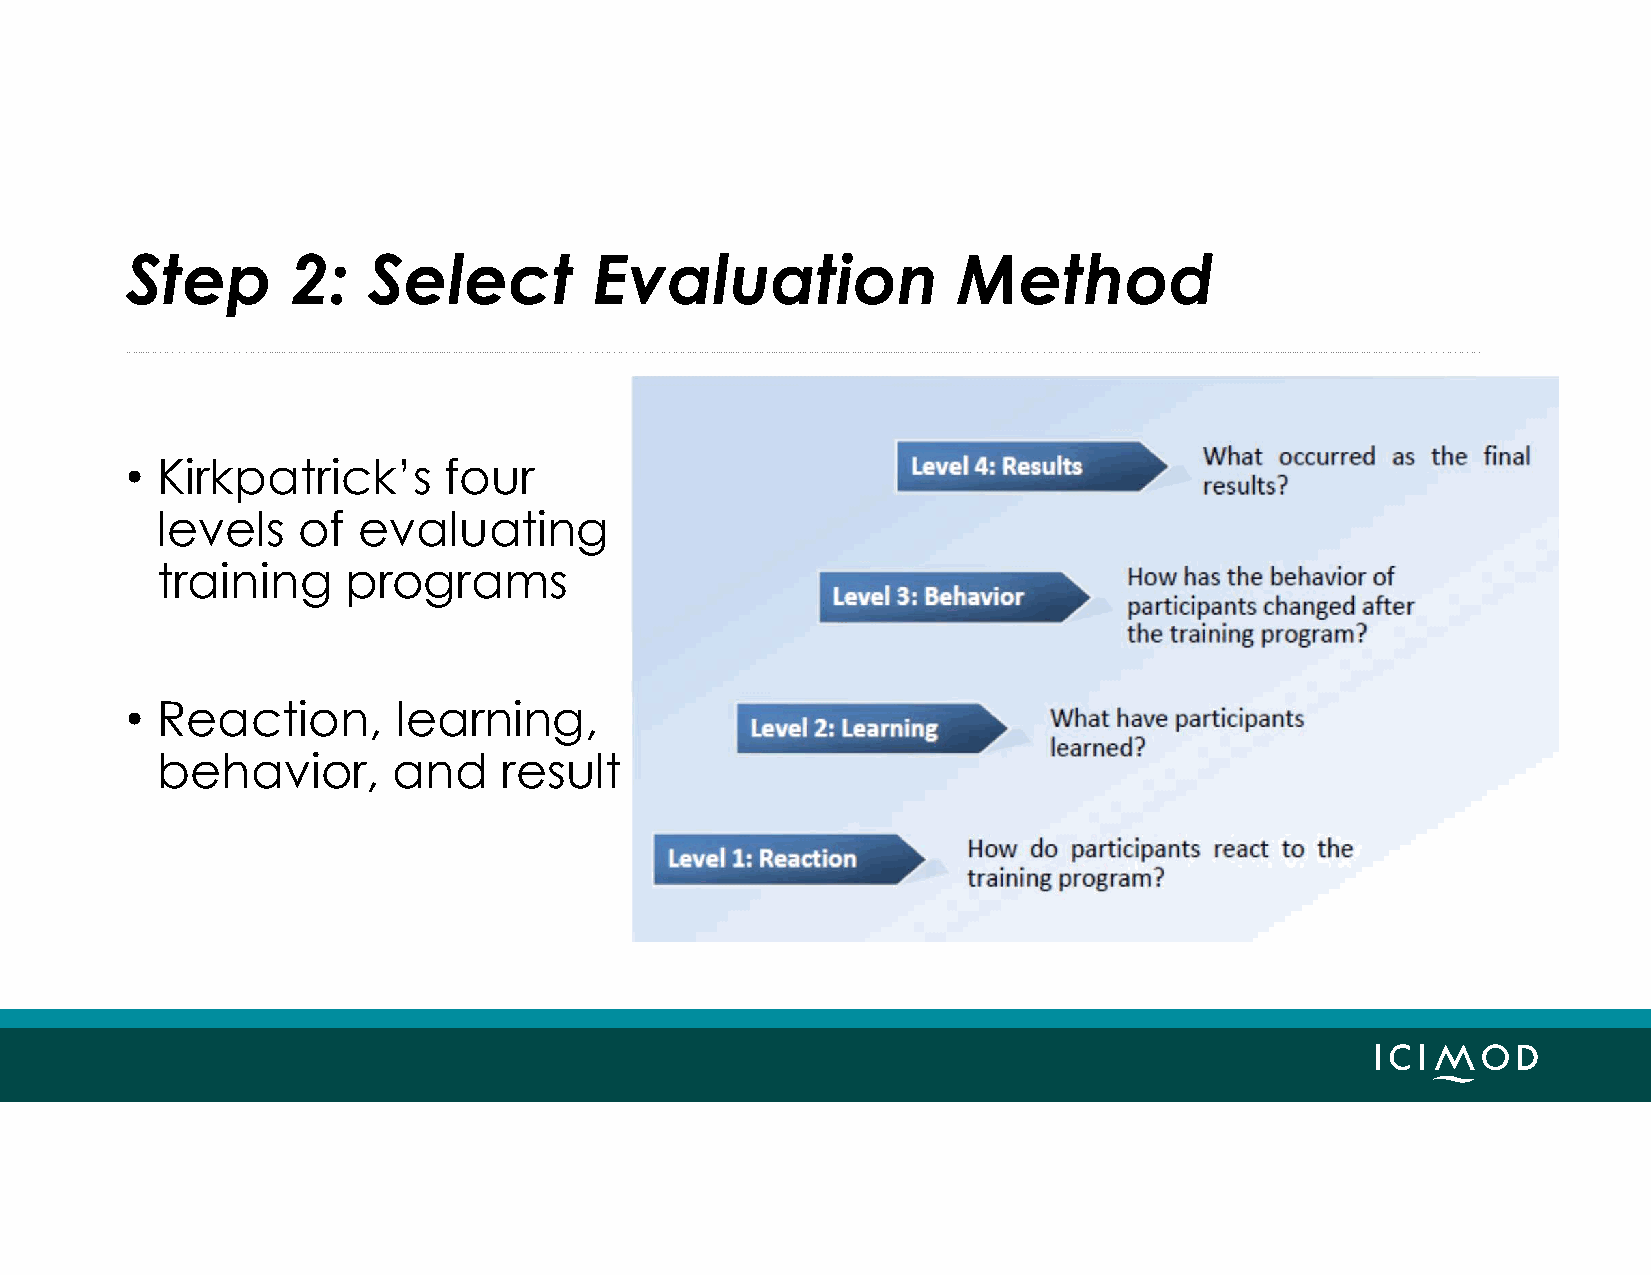
Step       2:   Select         Evaluation              Method
 • Kirkpatrick’s      four
 levels    of  evaluating
 training     programs
 • Reaction,       learning,
 behavior,       and    result